Civil Veterinary Department Bihar & Orissa reports 1929-36 - 1929-1936
Year: 1929
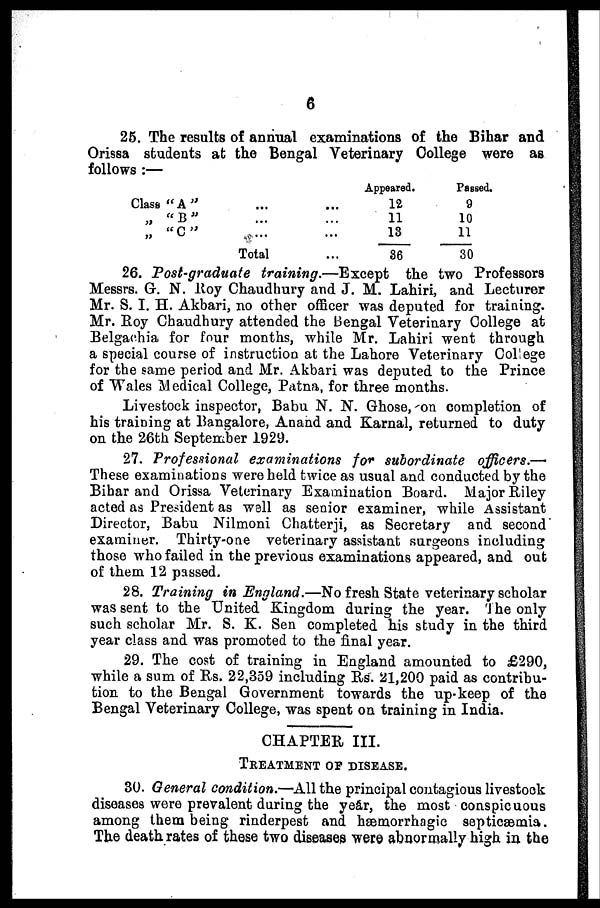
6
25. The results of annual examinations of the Bihar and
Orissa students at the Bengal Veterinary College were as
follows :—
Class
"A"...
...
„
"B"
...
...
„
"C"...
...
Total ...
Appeared.
12
11
13
36
Passed.
9
10
11
30
26. Post-graduate training.—Except
the two Professors
Messrs. G. N. Roy Chaudhury and J. M. Lahiri, and Lecturer
Mr. S. I. H. Akbari, no other officer was deputed for training.
Mr. Roy Chaudhury attended the Bengal Veterinary College at
Belgachia for four months, while Mr. Lahiri went through
a special course of instruction at the Lahore Veterinary College
for the same period and Mr. Akbari was deputed to the Prince
of Wales Medical College, Patna, for three months.
Livestock inspector, Babu N. N. Ghose, on completion of
his training at Bangalore, Anand and Karnal, returned to duty
on the 26th September 1929.
27. Professional examinations for subordinate officers.—
These examinations were held twice as usual and conducted by the
Bihar and Orissa Veterinary Examination Board. Major Riley
acted as President as well as senior examiner, while Assistant
Director, Babu Nilmoni Chatterji, as Secretary and second
examiner. Thirty-one veterinary assistant surgeons including
those who failed in the previous examinations appeared, and out
of them 12 passed.
28. Training in England.—No fresh State veterinary scholar
was sent to the United Kingdom during the year. 'The only
such scholar Mr. S. K. Sen completed his study in the third
year class and was promoted to the final year.
29. The cost of training in England amounted to £290,
while a sum of Rs. 22,359 including Rs. 21,200 paid as contribu-
tion to the Bengal Government towards the up-keep of the
Bengal Veterinary College, was spent on training in India.
CHAPTER III.
TREATMENT OF DISEASE.
30. General condition.—All the principal contagious livestook
diseases were prevalent during the year, the most conspicuous
among them being rinderpest and hæmorrhagic septicaemia.
The death rates of these two diseases were abnormally high in the